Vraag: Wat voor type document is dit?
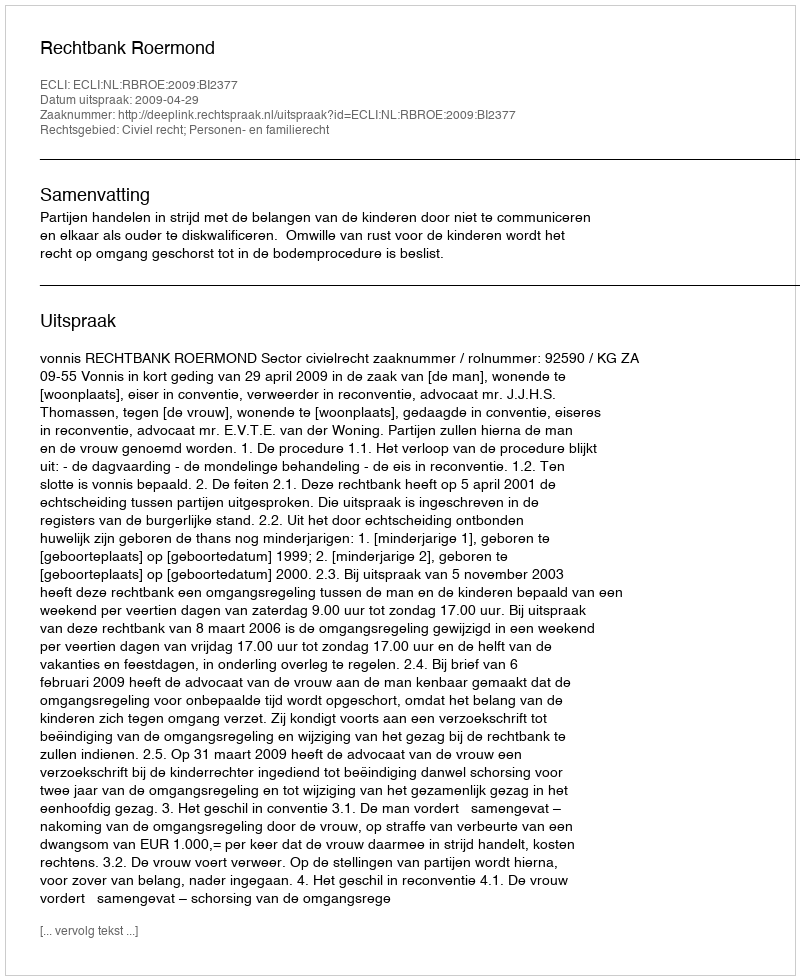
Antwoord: Uitspraak